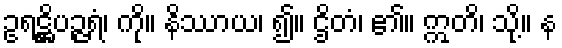
ဥရဋ္ဌိပဉ္ဇရံ၊ ကို။ နိဿာယ၊ ၍။ ဌိတံ၊ ၏။ ဣတိ၊ သို့။ န